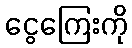
ငွေကြေးကို